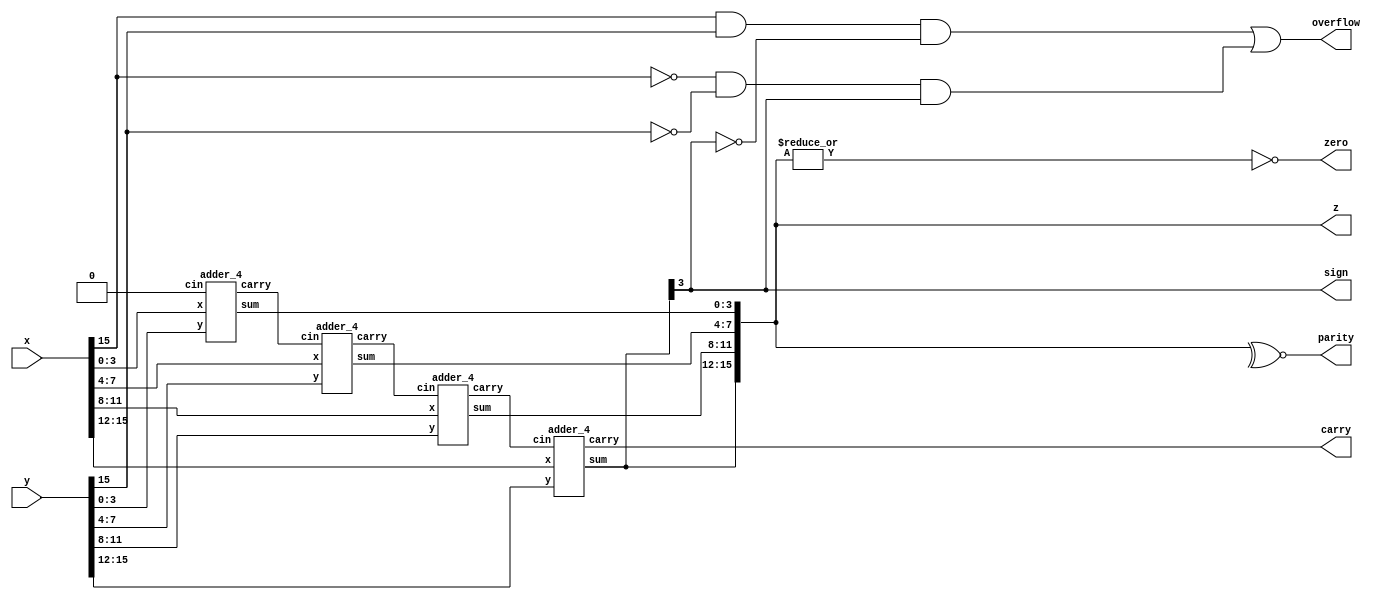
module alu(z,x,y, sign, zero, parity, carry, overflow);
input [15:0] x,y;
output [15:0] z;
output sign, carry, overflow, zero, parity;

// assign {carry,z} = x+y; // generates carry if present
wire [3:1] c;
adder_4 A0(z[3:0],c[1],x[3:0],y[3:0],1'b0);
adder_4 A1(z[7:4],c[2],x[7:4],y[7:4],c[1]);
adder_4 A2(z[11:8],c[3],x[11:8],y[11:8],c[2]);
adder_4 A3(z[15:12],carry,x[15:12],y[15:12],c[3]);

assign parity = ~^z;    // assuming odd parity, for even parity, take xor in place of xnor
assign sign = z[15];    // msb is sign bit
assign zero = ~|z;      // if any bit is 1, means the value is non zero meaning the zero value must be 0
assign overflow = (x[15] & y[15] & ~z[15]) | (~x[15] & ~y[15] & z[15]);

endmodule


// module adder_4 (sum,carry, x,y,cin);
// input [3:0]x,y;
// input cin;
// output [3:0] sum;
// output carry;

// // assign {carry,sum} = x+y+cin;
// wire [2:0]c;
// fulladder f0 (sum[0],c[0],x[0],y[0],cin);
// fulladder f1 (sum[1],c[1],x[1],y[1],c[0]);
// fulladder f2 (sum[2],c[2],x[2],y[2],c[1]);
// fulladder f3 (sum[3],carry,x[3],y[3],c[2]);

// endmodule

module adder_4(sum,carry,x,y,cin);
input [3:0]x,y;
input cin;
output [3:0] sum;
output carry;

wire [3:0]g,p;

assign g[0] = x[0]&y[0];
assign g[1] = x[1]&y[1];
assign g[2] = x[2]&y[2];
assign g[3] = x[3]&y[3];

assign p[0] = x[0]^y[0];
assign p[1] = x[1]^y[1];
assign p[2] = x[2]^y[2];
assign p[3] = x[3]^y[3];

wire [3:1]c;
assign c[1] = g[0] | p[0]&cin;
assign c[2] = g[1] | p[1]&g[0] | p[1]&p[0]&cin;
assign c[3] = g[2] | p[2]&g[1] | p[2]&p[1]&g[0] | p[2]&p[1]&p[0]&cin;
assign carry = g[3] | p[3]&g[2] | p[3]&p[2]&g[1] | p[3]&p[2]&p[1]&g[0] | p[3]&p[2]&p[1]&p[0]&cin;

assign sum[0] = p[0]^cin;
assign sum[1] = p[1]^c[1];
assign sum[2] = p[2]^c[2];
assign sum[3] = p[3]^c[3];

endmodule


module fulladder(sum,carry,x,y,cin);
input x,y,cin;
output sum, carry;

wire tsum, tc1, tc2;
xor x1(tsum,x,y);
xor x2(sum,tsum,cin);
and a1(tc1,x,y);
and a2(tc2,tsum,cin);
or o1(carry,tc1,tc2);
endmodule


// module fulladder(sum,carry,x,y,cin);
// input x,y,cin;
// output sum,carry;

// assign {carry,sum} = x+y+cin;

// endmodule